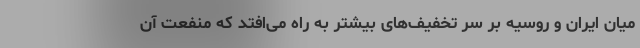
میان ایران و روسیه بر سر تخفیف‌های بیشتر به راه می‌افتد که منفعت آن